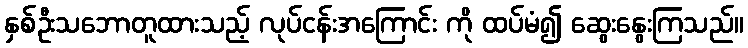
နှစ်ဦးသဘောတူထားသည့် လုပ်ငန်းအကြောင်း ကို ထပ်မံ၍ ဆွေးနွေးကြသည်။